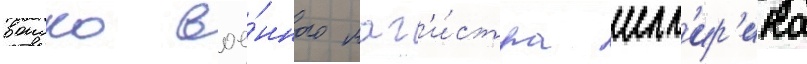
воиско вое́нного маг'и́стра илл'ир'ика